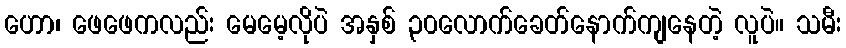
ဟော၊ ဖေဖေကလည်း မေမေ့လိုပဲ အနှစ် ၃၀လောက်ခေတ်နောက်ကျနေတဲ့ လူပဲ။ သမီး